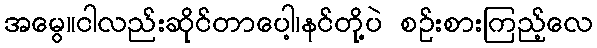
အမွေ။ငါလည်းဆိုင်တာပေါ့၊နင်တို့ပဲ စဉ်းစားကြည့်လေ